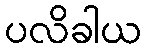
ပလိခါယ